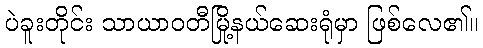
ပဲခူးတိုင်း သာယာဝတီမြို့နယ်ဆေးရုံမှာ ဖြစ်လေ၏။